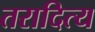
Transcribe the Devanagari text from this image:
तरादित्य